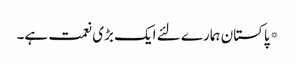
*پاکستان ہمارے لئے ایک بڑی نعمت ہے۔